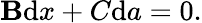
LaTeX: \mathbf{B}{\mathrm{{d}}}x+C{\mathrm{{d}}}a=0.